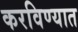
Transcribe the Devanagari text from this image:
करविण्यात